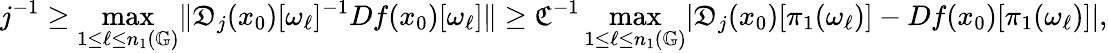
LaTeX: j^{-1}\geq\operatorname*{max}_{1\leq\ell\leq n_{1}(\mathbb{G})}\lVert\mathfrak{D}_{j}(x_{0})[\omega_{\ell}]^{-1}Df(x_{0})[\omega_{\ell}]\rVert\geq\mathfrak{C}^{-1}\operatorname*{max}_{1\leq\ell\leq n_{1}(\mathbb{G})}\lvert\mathfrak{D}_{j}(x_{0})[\pi_{1}(\omega_{\ell})]-Df(x_{0})[\pi_{1}(\omega_{\ell})]\rvert,